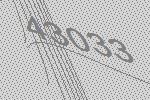
43033